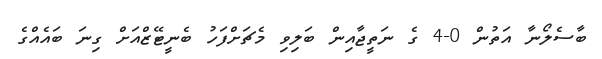
ބާސެލޯނާ އަތުން 0-4 ގެ ނަތީޖާއިން ބަލިވި މެޗަށްފަހު ބެނީޓޭޒްއަށް ގިނަ ބައެއްގެ